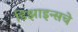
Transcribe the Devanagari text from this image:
डिझाइन्सचे